Lunatic asylums Punjab 1895-1910 - 1895-1910
Year: 1895
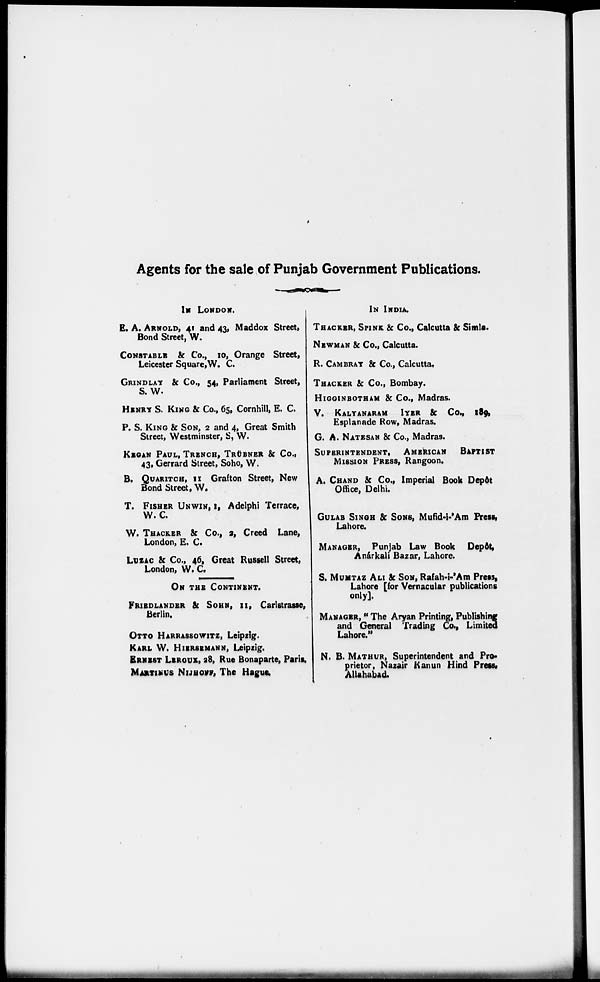
Agents for the sale of Punjab Government Publications.
IN LONDON.
E. A. ARNOLD, 41 and 43, Maddox Street,
Bond Street, W.
CONSTABLE & Co., 10, Orange Street,
Leicester Square,W. C.
GRINDLAY & Co., 54, Parliament Street,
S. W.
HENRY S. KING & Co., 65, Cornhill, E. C.
P. S. KING & SON, 2 and 4, Great Smith
Street, Westminster, S, W.
KEGAN PAUL, TRENCH, TRÜBNER & Co.,
43, Gerrard Street, Soho, W.
B. QUARITCH, 11 Grafton Street, New
Bond Street, W.
T. FISHER UNWIN, I, Adelphi Terrace,
W. C.
W. THACKER & Co., 2, Creed Lane,
London, E. C.
LUZAC & Co., 46, Great Russell Street,
London, W. C.
ON THE CONTINENT.
FRIEDLANDER & SOHN, 11, Carlstrasse,
Berlin.
OTTO HARRASSOWITZ, Leipzig.
KARL W. HIERSEMANN, Leipzig.
ERNEST LEROUX, 28, Rue Bonaparte, Paris.
MARTINUS NIJHOFF, The Hague,
IN INDIA.
THACKER, SPINK & Co., Calcutta & Simla.
NEWMAN & Co., Calcutta.
R. CAMBRAY & Co., Calcutta,
THACKER & Co., Bombay.
HIGGINBOTHAM & Co., Madras.
V. KALYANARAM IYER & Co., 189,
Esplanade Row, Madras.
G. A. NATESAN & Co., Madras.
SUPERINTENDENT, AMERICAN BAPTIST
MISSION PRESS, Rangoon.
A. CHAND & Co., Imperial Book Depôt
Office, Delhi.
GULAB SINGH & SONS, Mufid-i-'Am Press,
Lahore.
MANAGER, Punjab Law Book Depôt,
Anárkali Bazar, Lahore.
S. MUMTAZ ALI & SON, Rafah-i-'Am Press,
Lahore [for Vernacular publications
only].
MANAGER, " The Aryan Printing, Publishing
and General Trading Co., Limited
Lahore."
N. B. MATHUR, Superintendent and Pro-
prietor, Nazair Kanun Hind Press,
Allahabad.